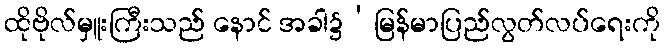
ထိုဗိုလ်မှူးကြီးသည် နောင် အခါ၌‘မြန်မာပြည်လွတ်လပ်ရေးကို